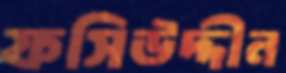
ফসিউদ্দীন